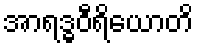
အာရဒ္ဓဝီရိယောတိ